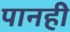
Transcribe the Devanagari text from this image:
पानही